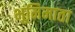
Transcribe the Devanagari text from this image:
भूमिमाता